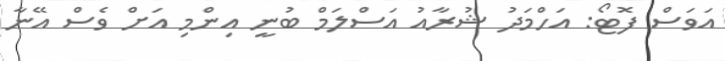
އަވަސް ފޮޓޯ: އަހްމަދު ޝުރާއު އަސްލަމް ބުނީ އިންމި އަށް ވެސް އޭނާ